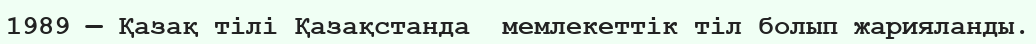
1989 — Қазақ тiлi Қазақстанда  мемлекеттiк тіл болып жарияланды.